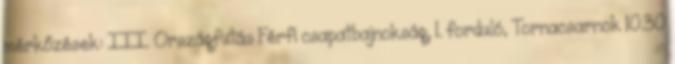
mérkőzések: III. Országfutás Férfi csapatbajnokság, 1. forduló, Tornacsarnok 10.30